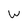
Character: W